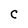
Character: C